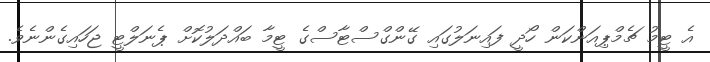
އެ ޓީމު ޗެމްޕިއަންކަން ހޯދީ ފައިނަލުގައި ގޭންގްސްޓާސްގެ ޓީމާ ބައްދަލުކޮށް ޕެނަލްޓީ ޖަހައިގެންނެވެ.